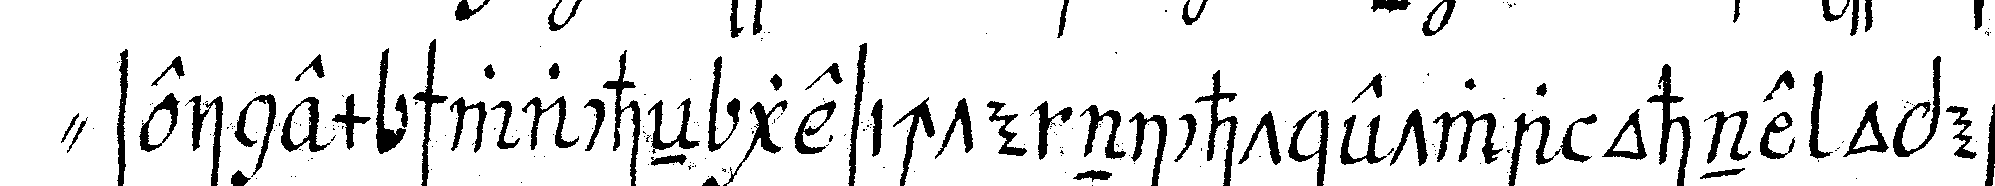
" seinem schwacheN gesichte nicht etwa ohne opera